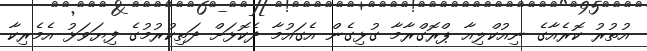
އުތުރު ކޮރެއާގެ ނިއުކްލިއާ ޕްރޮގްރާމާ ގުޅިގެން އެގައުމާ ދެކޮޅަށް ދަތިކުރުމުގެ ފިޔަވަޅު އެމެރިކާ